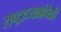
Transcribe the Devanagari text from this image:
राष्ट्राध्यक्षांपैकी